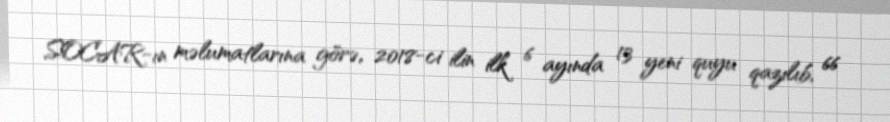
SOCAR-ın məlumatlarına görə, 2018-ci ilin ilk 6 ayında 13 yeni quyu qazılıb, 66